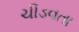
ચીડવતા